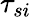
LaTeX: \tau_{si}